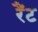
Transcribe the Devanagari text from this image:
रैंट